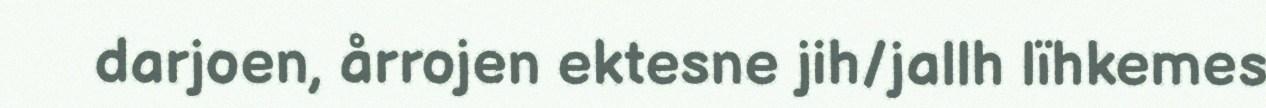
darjoen, årrojen ektesne jih/jallh lïhkemes